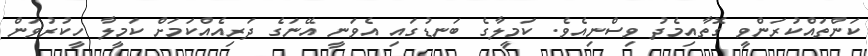
ކަންތައްކުރަންވީ ގޮތާއިމެދު ވިސްނިއެވެ. ކަމީލާގެ ބަނޑުގައި އެވަނީ އޭނަގެ ދަރިއެއްކަމަށް ކަމީލާ ހީކުރުވަން